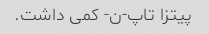
پیتزا تاپ-ن- کمی داشت.